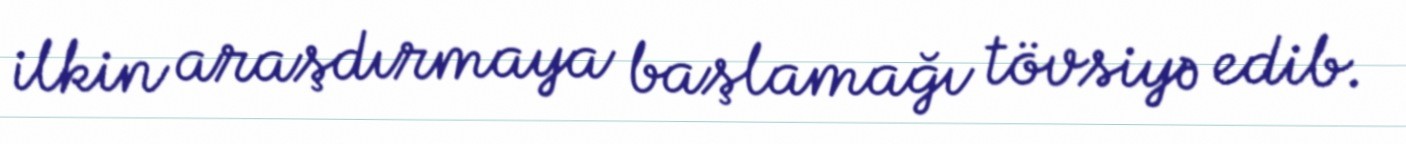
ilkin araşdırmaya başlamağı tövsiyə edib.